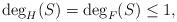
LaTeX: \begin{align*} \deg_H(S)=\deg_F(S)\leq 1,\end{align*}